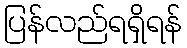
ပြန်လည်ရရှိရန်